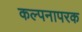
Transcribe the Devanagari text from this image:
कल्पनापरक